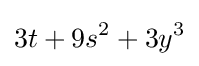
3t+9s^{2}+3y^{3}